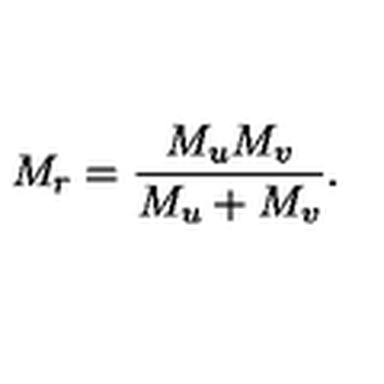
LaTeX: M _ { r } = \frac { M _ { u } M _ { v } } { M _ { u } + M _ { v } } .